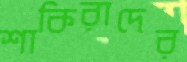
শাকিরাদের